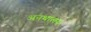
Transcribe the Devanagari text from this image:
अनथालय